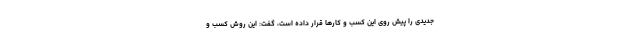
جدیدی را پیش روی این کسب و کارها قرار داده است، گفت: این روش کسب و